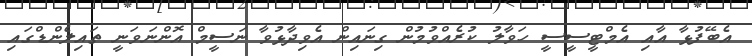
އެބޭފުޅާ އާއި އެމްޓީސީސީ ހަވާލު ކުރެއްވުމުން ގިނައިން އެވިދާޅުވާ ނަސީމް އޮންނަވަނީ ތައިލެންޑްގައި